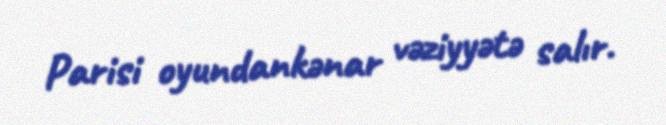
Parisi oyundankənar vəziyyətə salır.